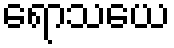
ရောသယေ